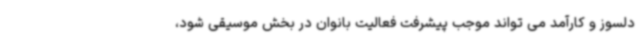
دلسوز و کارآمد می تواند موجب پیشرفت فعالیت بانوان در بخش موسیقی شود،